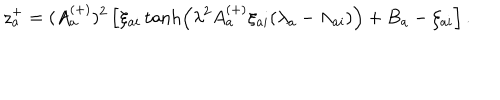
z _ { a } ^ { + } = ( A _ { a } ^ { ( + ) } ) ^ { 2 } \left[ \xi _ { a i } \tanh \left( \lambda ^ { 2 } A _ { a } ^ { ( + ) } \xi _ { a i } ( \lambda _ { a } - \Lambda _ { a i } ) \right) + B _ { a } - \zeta _ { a i } \right] .